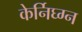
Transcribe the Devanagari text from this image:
केर्निघ्ग्न